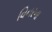
વિનરના